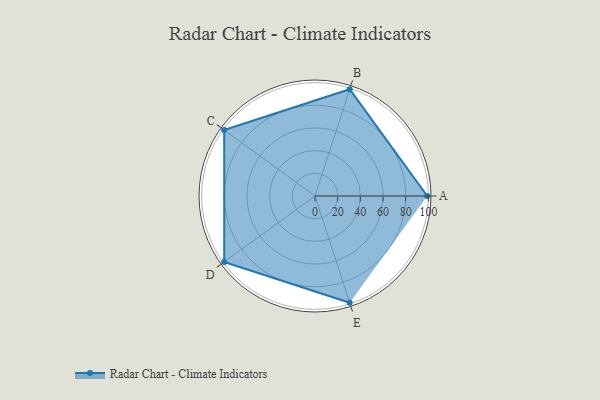
{"axis": {"x": "Skill", "y": "Score"}, "legend": ["Profile"], "data": [{"x": "A", "y": 99, "type": "Profile"}, {"x": "B", "y": 99, "type": "Profile"}, {"x": "C", "y": 99, "type": "Profile"}, {"x": "D", "y": 99, "type": "Profile"}, {"x": "E", "y": 99, "type": "Profile"}]}